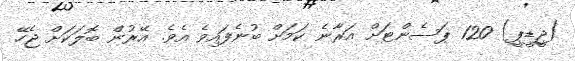
(ޖީޑީޕީ) 120 ޕަސެންޓަށް އަރާނެ ކަމަށް ބުނެފައިވެ އެވެ. އޭރުން ބޮލަކަށް ޖެހޭ